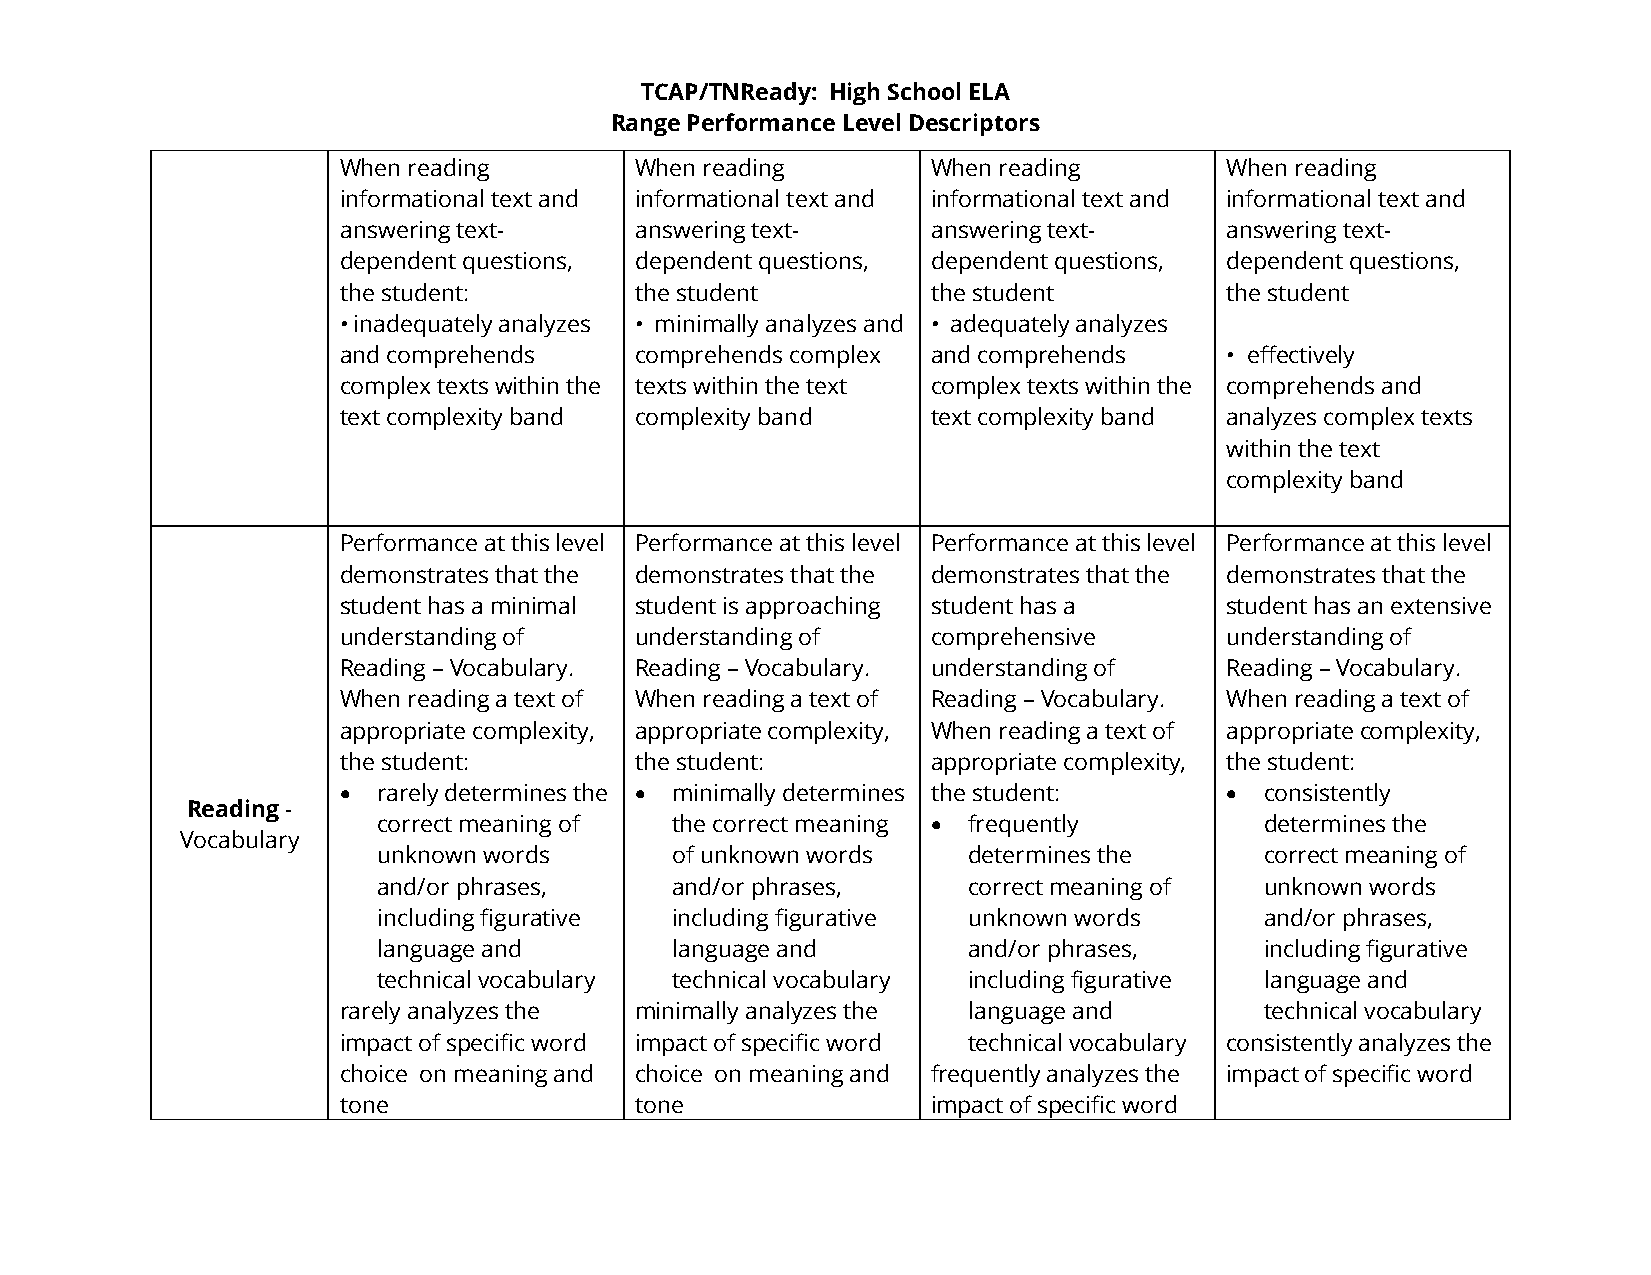
TCAP/TNReady: High School ELA
 Range Performance Level Descriptors
 When reading        When reading        When reading       When reading
 informational text and informational text and informational text and informational text and
 answering text-     answering text-     answering text-    answering text-
 dependent questions, dependent questions, dependent questions, dependent questions,
 the student:        the student         the student        the student
 • inadequately analyzes • minimally analyzes and • adequately analyzes
 and comprehends     comprehends complex and comprehends    • effectively
 complex texts within the texts within the text complex texts within the comprehends and
 text complexity band complexity band    text complexity band analyzes complex texts
 within the text
 complexity band
 Performance at this level Performance at this level Performance at this level Performance at this level
 demonstrates that the demonstrates that the demonstrates that the demonstrates that the
 student has a minimal student is approaching student has a student has an extensive
 understanding of    understanding of    comprehensive      understanding of
 Reading – Vocabulary. Reading – Vocabulary. understanding of Reading – Vocabulary.
 When reading a text of When reading a text of Reading – Vocabulary. When reading a text of
 appropriate complexity, appropriate complexity, When reading a text of appropriate complexity,
 the student:        the student:        appropriate complexity, the student:
 •  rarely determines the • minimally determines the student: • consistently
 Reading -
 correct meaning of the correct meaning • frequently        determines the
 Vocabulary
 unknown words      of unknown words    determines the      correct meaning of
 and/or phrases,    and/or phrases,     correct meaning of  unknown words
 including figurative including figurative unknown words    and/or phrases,
 language and       language and        and/or phrases,     including figurative
 technical vocabulary technical vocabulary including figurative language and
 rarely analyzes the minimally analyzes the language and       technical vocabulary
 impact of specific word impact of specific word technical vocabulary consistently analyzes the
 choice on meaning and choice on meaning and frequently analyzes the impact of specific word
 tone                tone                impact of specific word